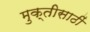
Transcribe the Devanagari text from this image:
मुक्तीसाठीं